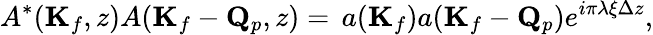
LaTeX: A^{*}(\mathbf{K}_{f},z)A(\mathbf{K}_{f}-\mathbf{Q}_{p},z)=\, a(\mathbf{K}_{f})a(\mathbf{K}_{f}-\mathbf{Q}_{p})e^{i\pi\lambda\xi\Delta z},